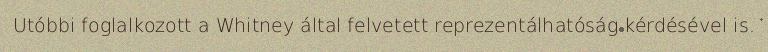
Utóbbi foglalkozott a Whitney által felvetett reprezentálhatóság kérdésével is.